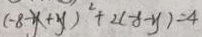
( - 8 - y + y ) ^ { 2 } + 2 ( - x - y ) = 4